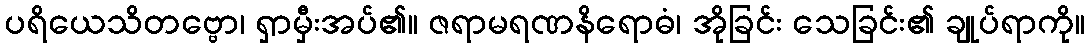
ပရိယေသိတဗ္ဗော၊ ရှာမှီးအပ်၏။ ဇရာမရဏနိရောဓံ၊ အိုခြင်း သေခြင်း၏ ချုပ်ရာကို။